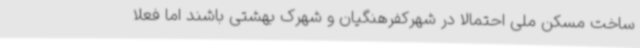
ساخت مسکن ملی احتمالاً در شهرکفرهنگیان و شهرک بهشتی باشند اما فعلاً